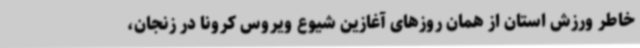
خاطر ورزش استان از همان روزهای آغازین شیوع ویروس کرونا در زنجان،